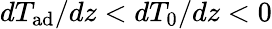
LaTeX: dT_{\mathrm{ad}}/dz<dT_{0}/dz<0